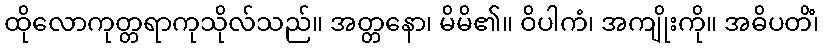
ထိုလောကုတ္တရာကုသိုလ်သည်။ အတ္တနော၊ မိမိ၏။ ဝိပါကံ၊ အကျိုးကို။ အဓိပတိံ၊